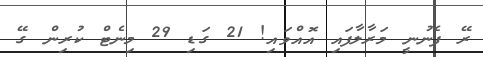
ރޭ ފެނުނީ މަރާލާފައި އޮއްވައި! 21 ގަޑި 29 މިނެޓް ކުރިން ގޭ